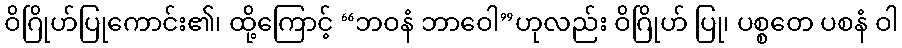
ဝိဂြိုဟ်ပြုကောင်း၏၊ ထို့ကြောင့် “ဘဝနံ ဘာဝေါ”ဟုလည်း ဝိဂြိုဟ် ပြု၊ ပစ္စတေ ပစနံ ဝါ